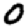
Digit: 0